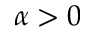
\alpha > 0